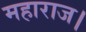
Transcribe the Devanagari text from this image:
महाराज।